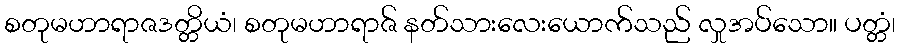
စတုမဟာရာဇဒတ္တိယံ၊ စတုမဟာရာဇ် နတ်သားလေးယောက်သည် လှုအပ်သော။ ပတ္တံ၊